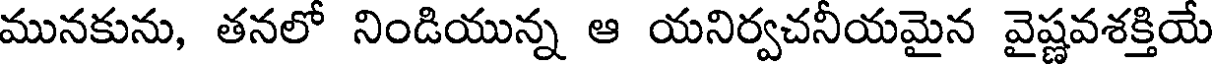
మునకును, తనలో నిండియున్న ఆ యనిర్వచనీయమైన వైష్ణవశక్తియే